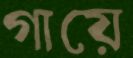
গায়ে